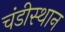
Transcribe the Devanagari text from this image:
चंडीस्थान